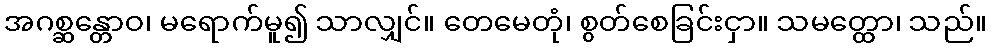
အဂစ္ဆန္တောဝ၊ မရောက်မူ၍ သာလျှင်။ တေမေတုံ၊ စွတ်စေခြင်းငှာ။ သမတ္ထော၊ သည်။